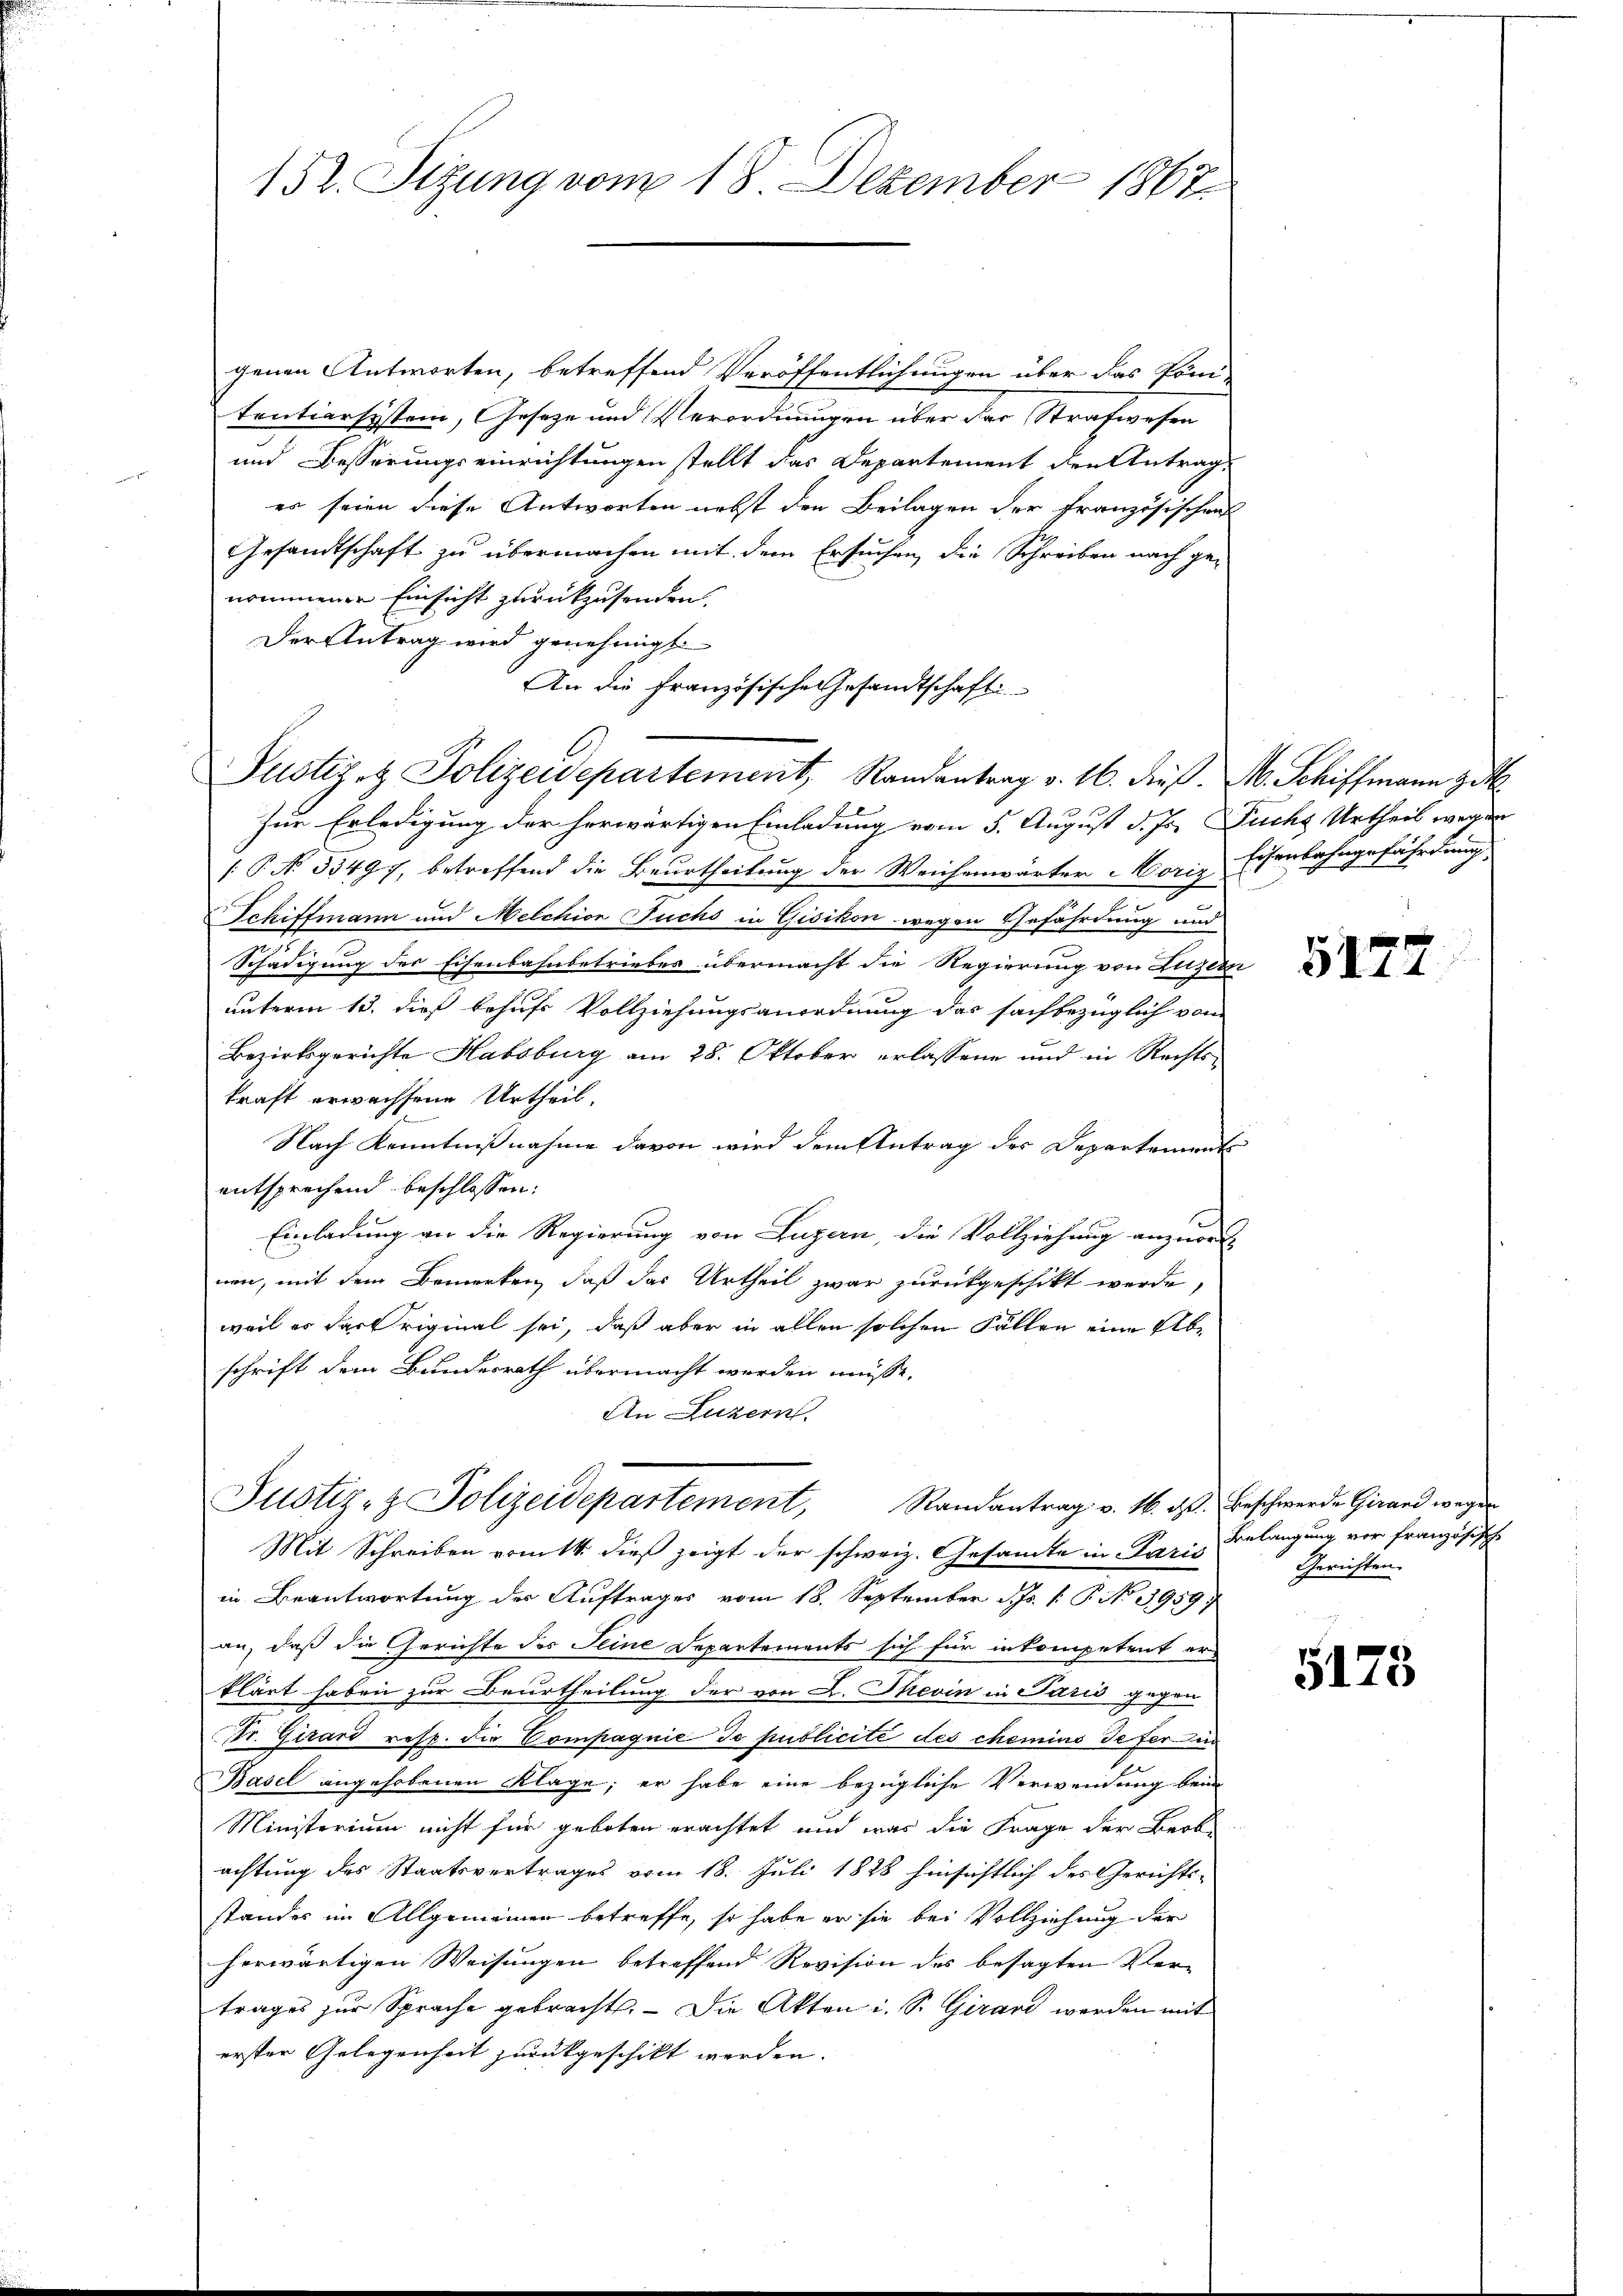
152. Sizung vom 18. Dezember 1867

genen Antworten, betreffend Veröffentlichungen über das Pöni-
tentiarsystein, Geseze und Verordnungen über der Strafwesen
und Besserungseinrichtungen stellt das Departement den Antrag
es seien diese Antworten nebst den Beilagen der französischen
Gesandtschaft zu übermachen mit dem Ersuchen, die Schreiben nach ge-
nommener Einsicht zurückzusenden.
Der Antrag wird genehmigt
An die französische Gesandtschaft
Justiz & Polizeidepartement, Randantrag v. 16. dieß. M. Schiffmann zit.
Zur Erledigung der herwärtigen Einladung vom 5. August d. Js. Fuchs Urtheil wegen
[: P. No. 55497, betreffend die Beurtheilung der Weichenwärter orie Eisenbahngefährdung
Schiffmann und Melchior Fuchs in Gisikon wegen Gefährdung und
Schädigung des Eisenbahnbetriebes übermacht die Regierung von Luzern
unterm 13. dieß behufs Vollziehungsanordnung das sachbezüglich von
Bezirksgerichte Habsburg am 28. Oktober erlassene und in Rechts-
kraft erwachsene Urtheil.
Nach Kenntnißnahme davon wird dem Antrag des Departements
entsprechend beschlossen:
Einladung an die Regierung von Luzern, die Vollziehung anzuordnen, mit dem Bemerken, daß das Urtheil zwar zurückgeschikt werde,
weil es das Original sei, daß aber in allen solchen Fällen eine Abschrift dem Bundesrath übermacht werden müsse.
An Luzern.
Justiz- & Polizeidepartement, Randantrag v. 16. ds. Beschwerde Girard wegen
Mit Schreiben vom 14. dieß zeigt der schweiz. Gesamte in Paris
in Beantwortung der Auftrages vom 18. September d. Js. v. P. No 3959;
an, daß die Gerichte des Seine Departements sich für inkompetent er-
klärt haben zur Beurtheilung der von L. Thevin in Paris gegen
Fr. Girard resp. die Compagnie de publicite des chemins defer in
J.
Basel angehobenen Klage; er habe eine bezügliche Verwendung beim
Ministerium nicht für geboten erachtet und was die Frage der Beob
achtung des Staatsvertrages vom 18. Juli 1828 hinsichtlich des Gerichts-
standes im Allgemeiner betreffe, so habe er sie bei Vollziehung der
herwärtigen Weisungen betreffend Revision des besagten Vertrages zur Sprache gebracht. - Die Akten i. S. Girard werden mit
erster Gelegenheit zurückgeschikt werden.

5122

Belangung vor französische
Gerichten.

5173